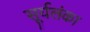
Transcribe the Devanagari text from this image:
सूर्यलंका